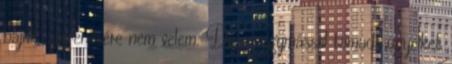
bajuk, szerencsére nem velem. De az egymással támadt ügyeiket